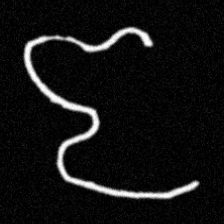
Pyu character \u2014 Myanmar letter: ဇ (romanized: ja)